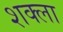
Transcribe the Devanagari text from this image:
शक्ला